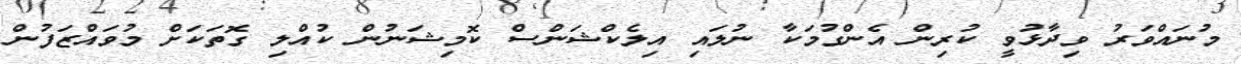
މުނައްވަރު ވިދާޅުވީ ކުރިން އެންގުމަކާ ނުލައި އިލެކްޝަންސް ކޮމިޝަނުން ކުއްލި ގޮތަކަށް މުވައްޒަފުން